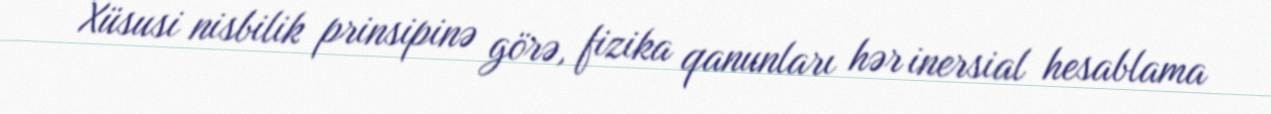
Xüsusi nisbilik prinsipinə görə, fizika qanunları hər inersial hesablama